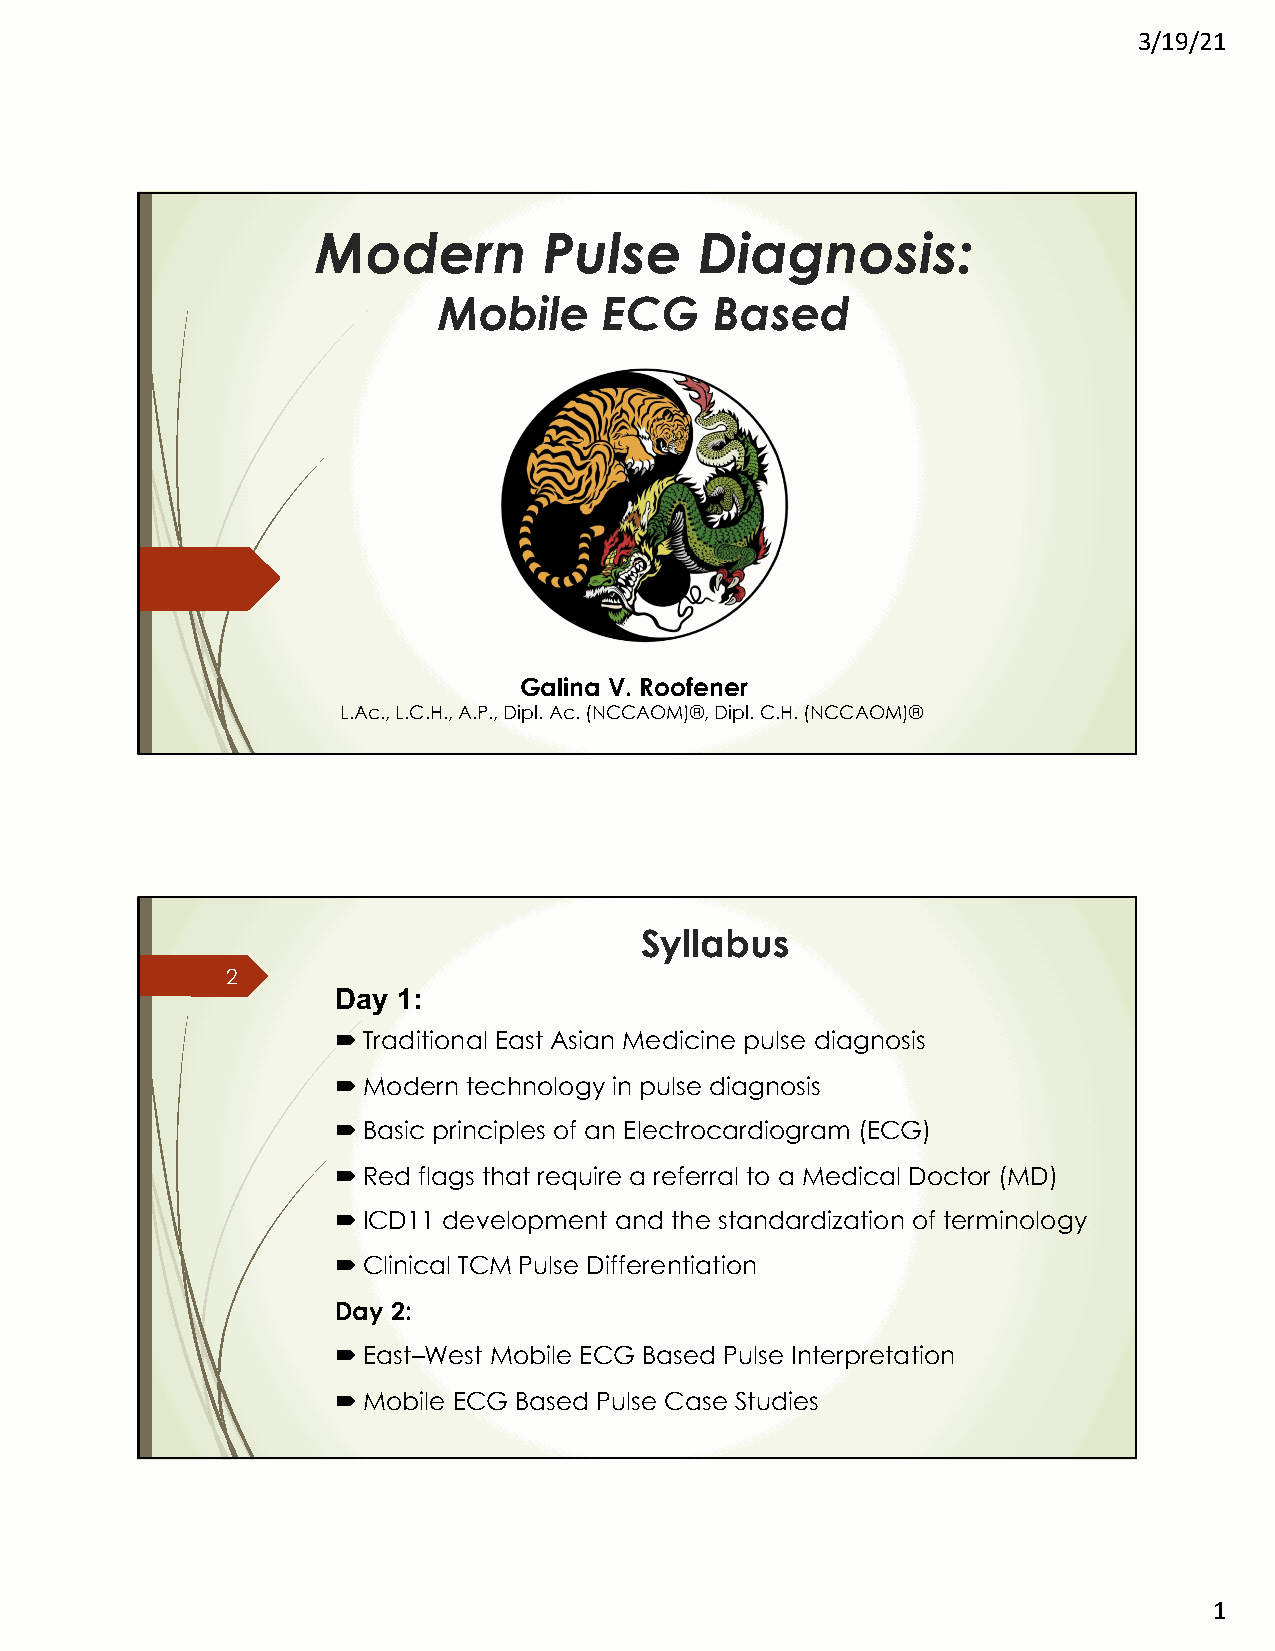
3/19/21
 Modern         Pulse     Diagnosis:
 Mobile     ECG    Based
 Galina V. Roofener
 L.A1c., L.C.H., A.P., Dipl. Ac. (NCCAOM)®, Dipl. C.H. (NCCAOM)®
 Syllabus
 2
 Day 1:
 ´Traditional East Asian Medicine pulse diagnosis
 ´Modern  technology in pulse diagnosis
 ´Basic principles of an Electrocardiogram (ECG)
 ´Red  flags that require a referral to a Medical Doctor (MD)
 ´ICD11 development and the standardization of terminology
 ´Clinical TCM Pulse Differentiation
 Day 2:
 ´East–West Mobile ECG Based Pulse Interpretation
 ´Mobile ECG Based Pulse Case Studies
 1